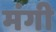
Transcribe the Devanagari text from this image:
मंगी